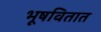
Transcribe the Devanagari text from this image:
भूषवितात